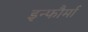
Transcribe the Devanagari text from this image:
इन्फौर्मा